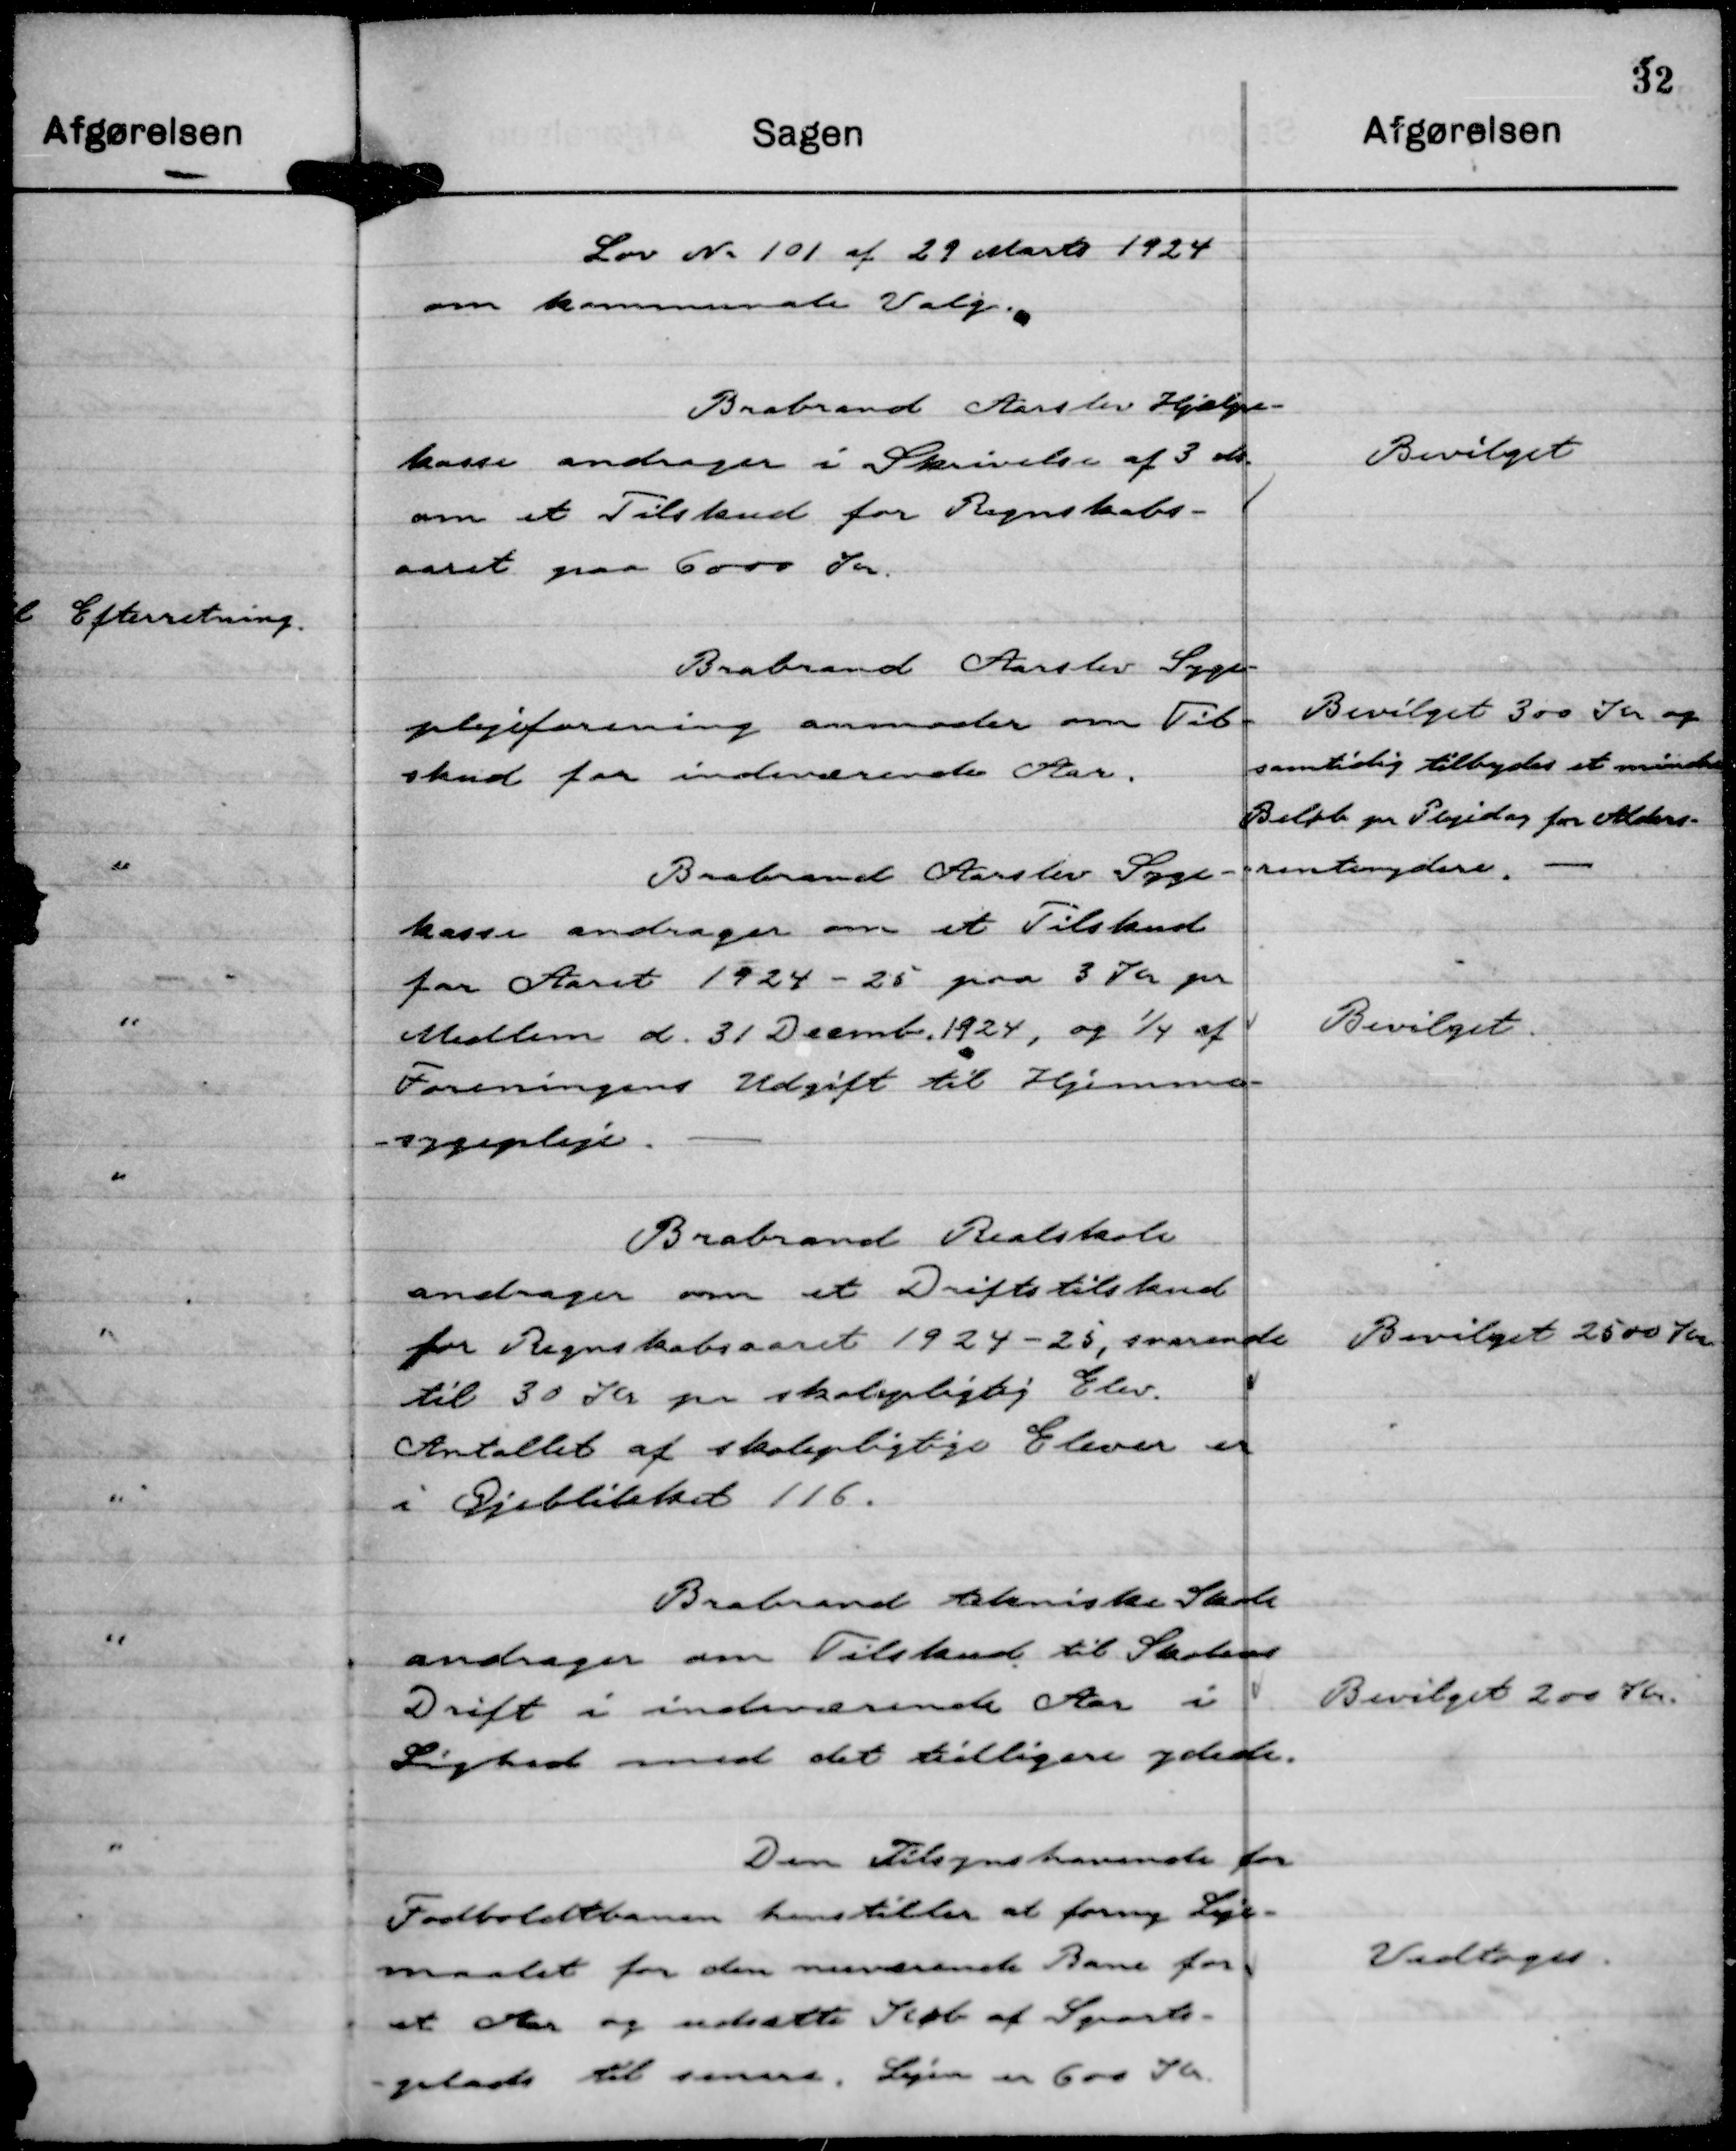
Transskription:
Lov Nr 101 af 29 Marts 1924
om kommunale Valg.

Brabrand Aarslev Hjælpe-
kasse andrager i Skrivelse af 3 ds.
om et Tilskud for Regnskabs-
aaret paa 6000 Kr.

Bevilget

Brabrand Aarslev Syge-
plejeforening anmoder om Til-
skud for indeværende Aar.

Bevilget 300 Kr og
samtidig tilbydes et mindre
Beløb pr Plejedag for Alders-
rentenydere. -

Brabrand Aarslev Syge-
kasse andrager om et Tilskud
for Aaret 1924 - 25 paa 3 Kr pr
Medlem d. 31 Decemb. 1924, og ¼ af
Foreningens Udgift til Hjemme-
sygepleje.

Bevilget.

Brabrand Realskole
andrager om et Driftstilskud
for Regnskabsaaret 1924 - 25, svarende
til 30 Kr pr skolepligtig Elev.
Antallet af skolepligtige Elever er
i Øjeblikket 116.

Bevilget 2500 Kr

Brabrand tekniske Skole
andrager om Tilskud til Skolens
Drift i indeværende Aar i
Lighed med det tidligere ydede.

Bevilget 200 Kr.

Den Tilsynshavende for
Fodboldtbanen henstiller at forny Leje-
maalet for den nuværende Bane for
et Aar og udsætte Køb af Sports-
-plads til senere. Lejen er 600 Kr.

Vedtoges.